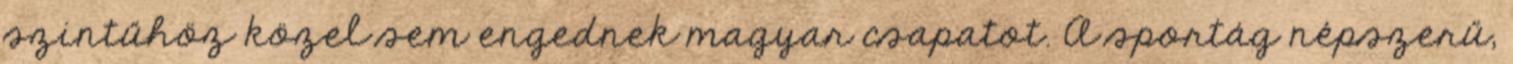
szintűhöz közel sem engednek magyar csapatot. A sportág népszerű,